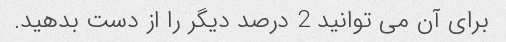
برای آن می توانید 2 درصد دیگر را از دست بدهید.